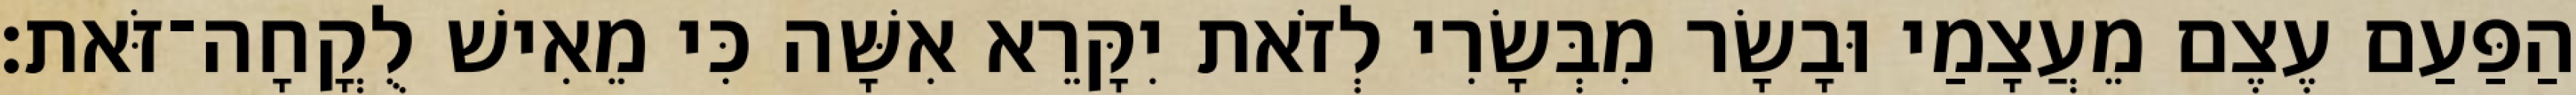
הַפַּעַם עֶצֶם מֵעֲצָמַי וּבָשָׂר מִבְּשָׂרִי לְזֹאת יִקָּרֵא אִשָּׁה כִּי מֵאִישׁ לֻקֳחָה־זֹּאת׃